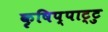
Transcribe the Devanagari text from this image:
कृषिप्पाट्टु